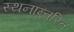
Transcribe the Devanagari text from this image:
स्थनान्तरित